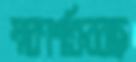
স্মরণশক্তিরবাছ